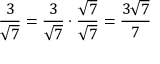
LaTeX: { \frac { 3 } { \sqrt { 7 } } } = { \frac { 3 } { \sqrt { 7 } } } \cdot { \frac { \sqrt { 7 } } { \sqrt { 7 } } } = { \frac { 3 { \sqrt { 7 } } } { 7 } }